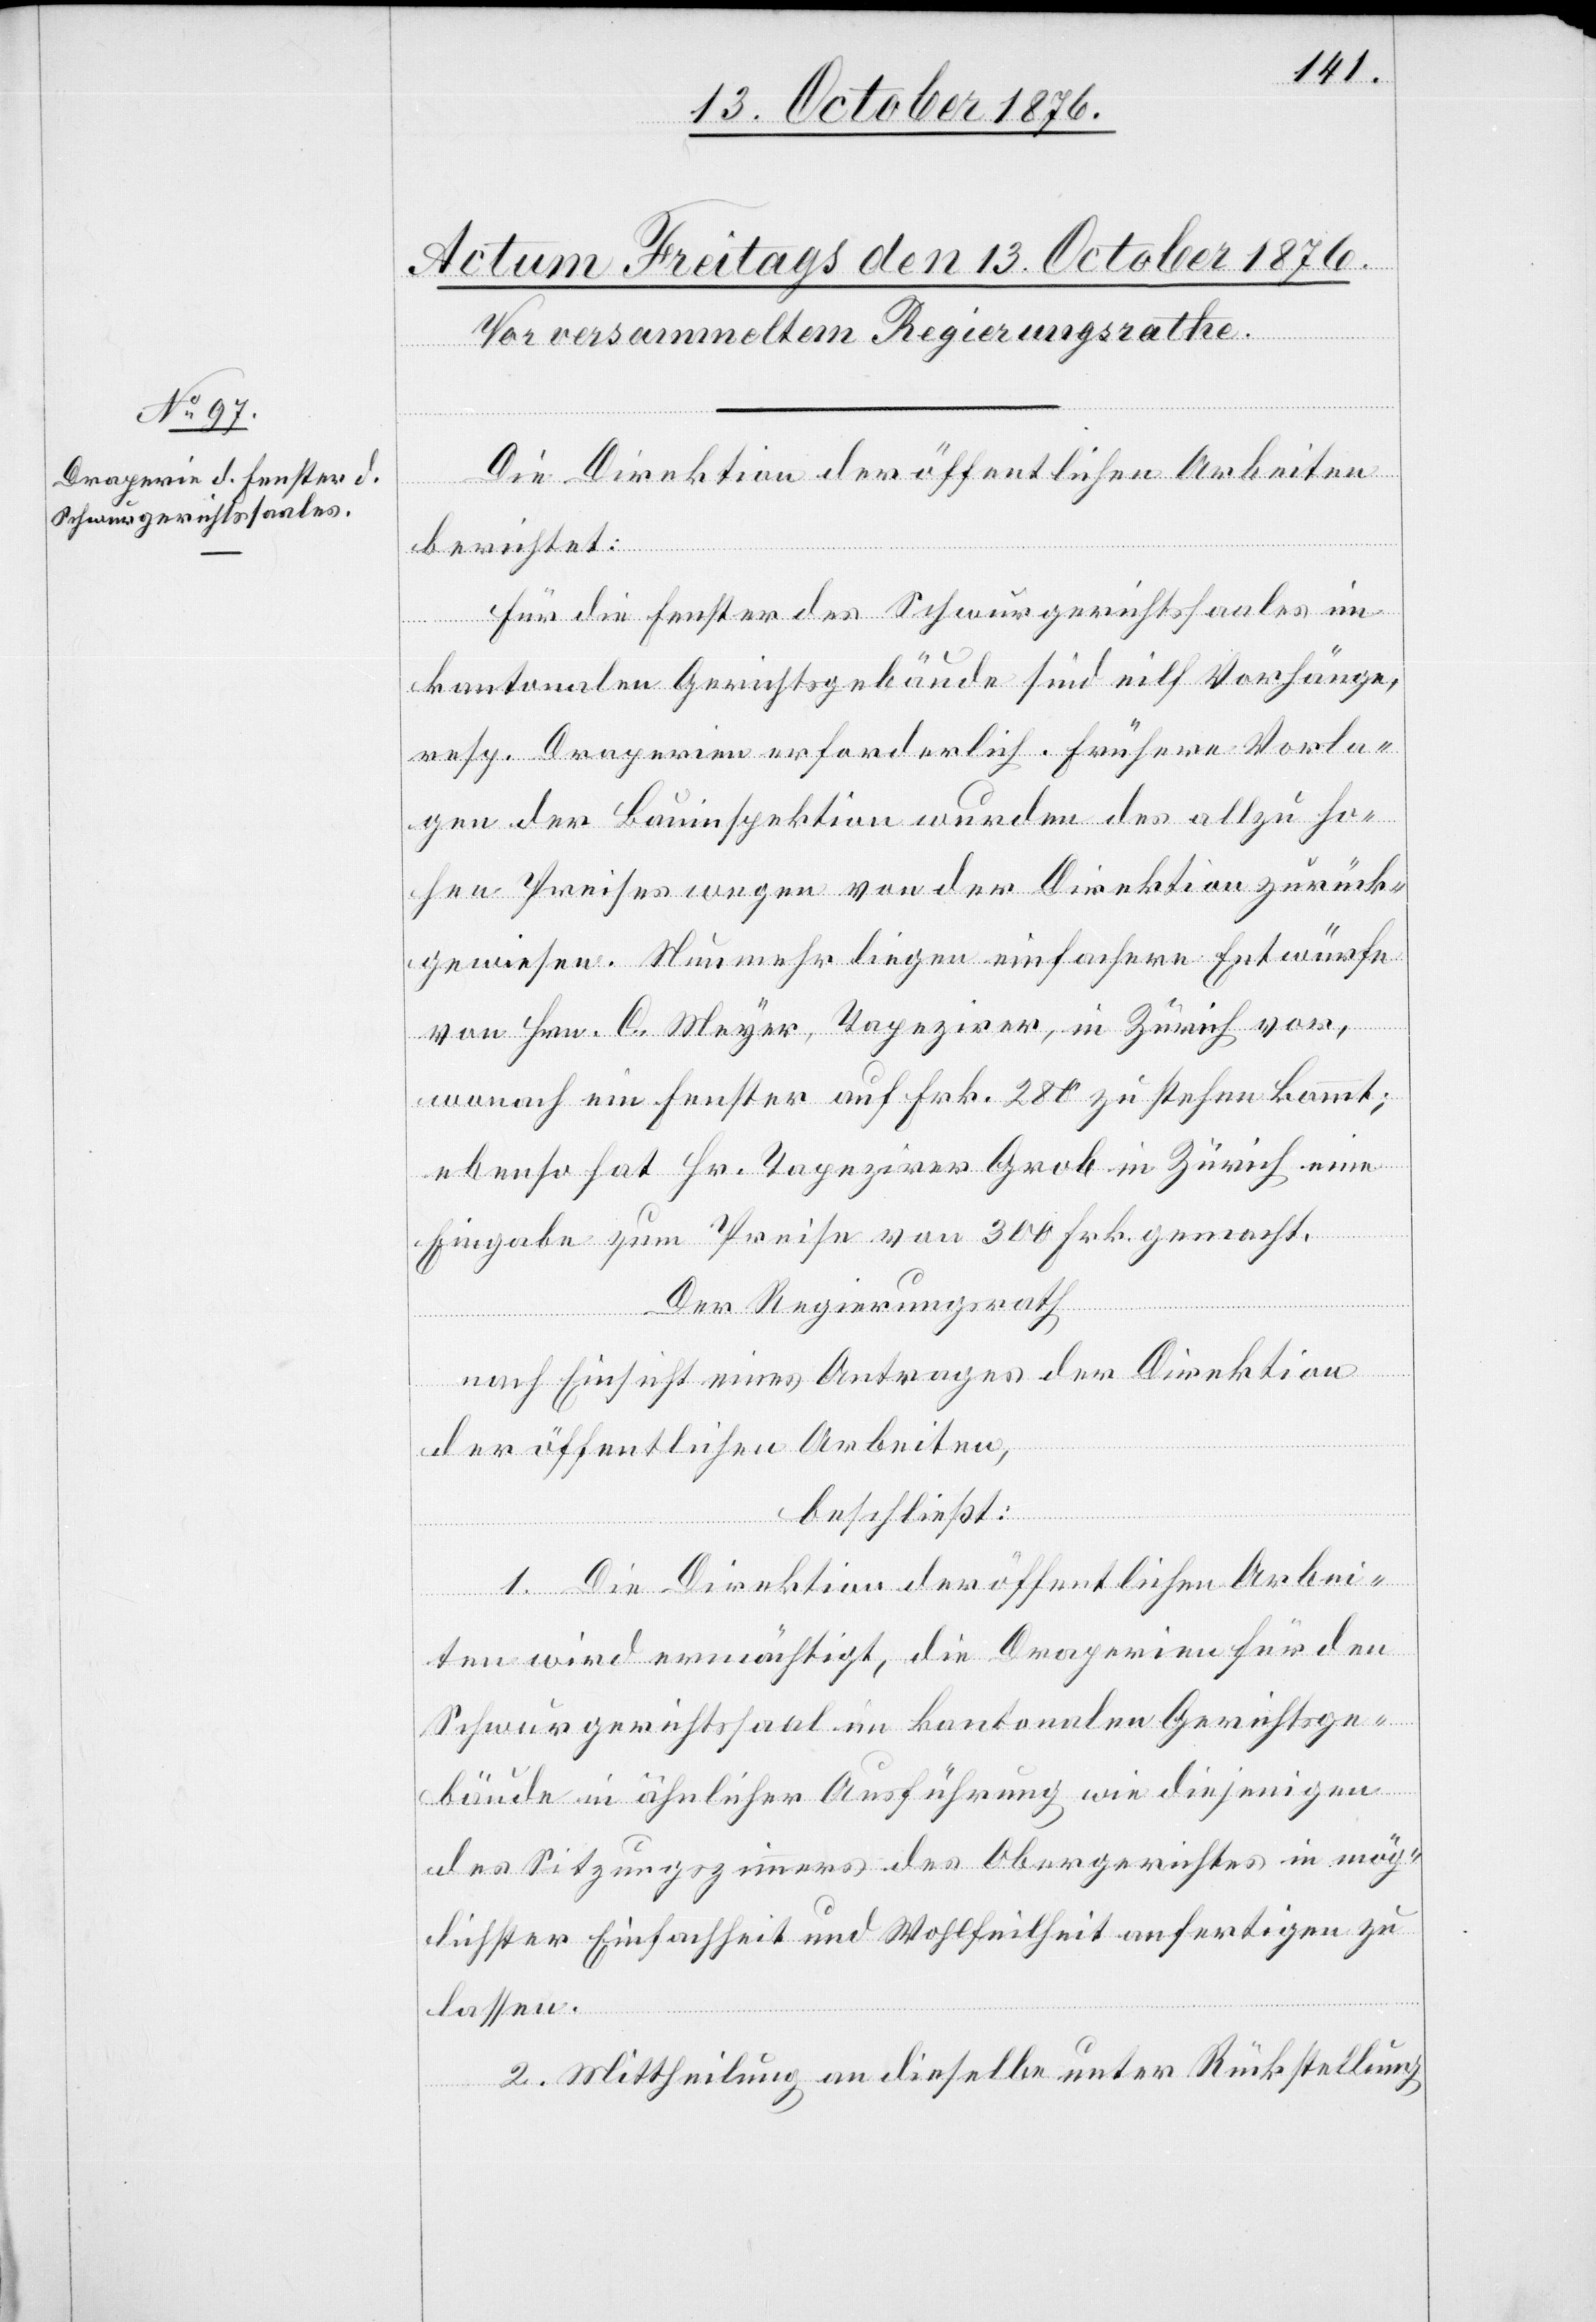
Die Direktion der öffentlichen Arbeiten
berichtet:
Für die Fenster des Schwurgerichtssaales im
kantonalen Gerichtsgebäude sind eilf Vorhänge,
resp. Draperien erforderlich. Frühere Vorla¬
gen der Bauinspektion wurden des allzu ho¬
hen Preises wegen von der Direktion zurück¬
gewiesen. Nunmehr liegen einfachere Entwürfe
von Hrn. C. Meyer, Tapezirer, in Zürich vor,
wonach ein Fenster auf Frk. 280 zu stehen kommt;
ebenso hat Hr. Tapezirer Grob in Zürich eine
Eingabe zum Preise von 300 Frk. gemacht.
Der Regierungsrath
nach Einsicht eines Antrages der Direktion
der öffentlichen Arbeiten,
beschließt:
1. Die Direktion der öffentlichen Arbei¬
ten wird ermächtigt, die Draperien für den
Schwurgerichtssaal im kantonalen Gerichtsge¬
bäude in ähnlicher Ausführung wie diejenigen
des Sitzungszimmers des Obergerichtes in mög¬
lichster Einfachheit und Wohlfeilheit anfertigen zu
lassen.
2. Mittheilung an dieselbe unter Rückstellung